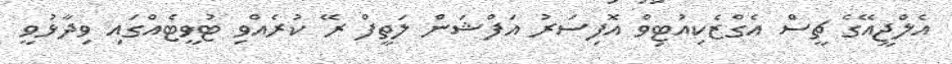
އެލްޖީއޭގެ ޗީސް އެގްޒެކިއުޓިވް އޮފިސަރު އަފްޝަން ލަތީފް ރޭ ކުރެއްވި ޓުވީޓެއްގައި ވިދާޅުވީ